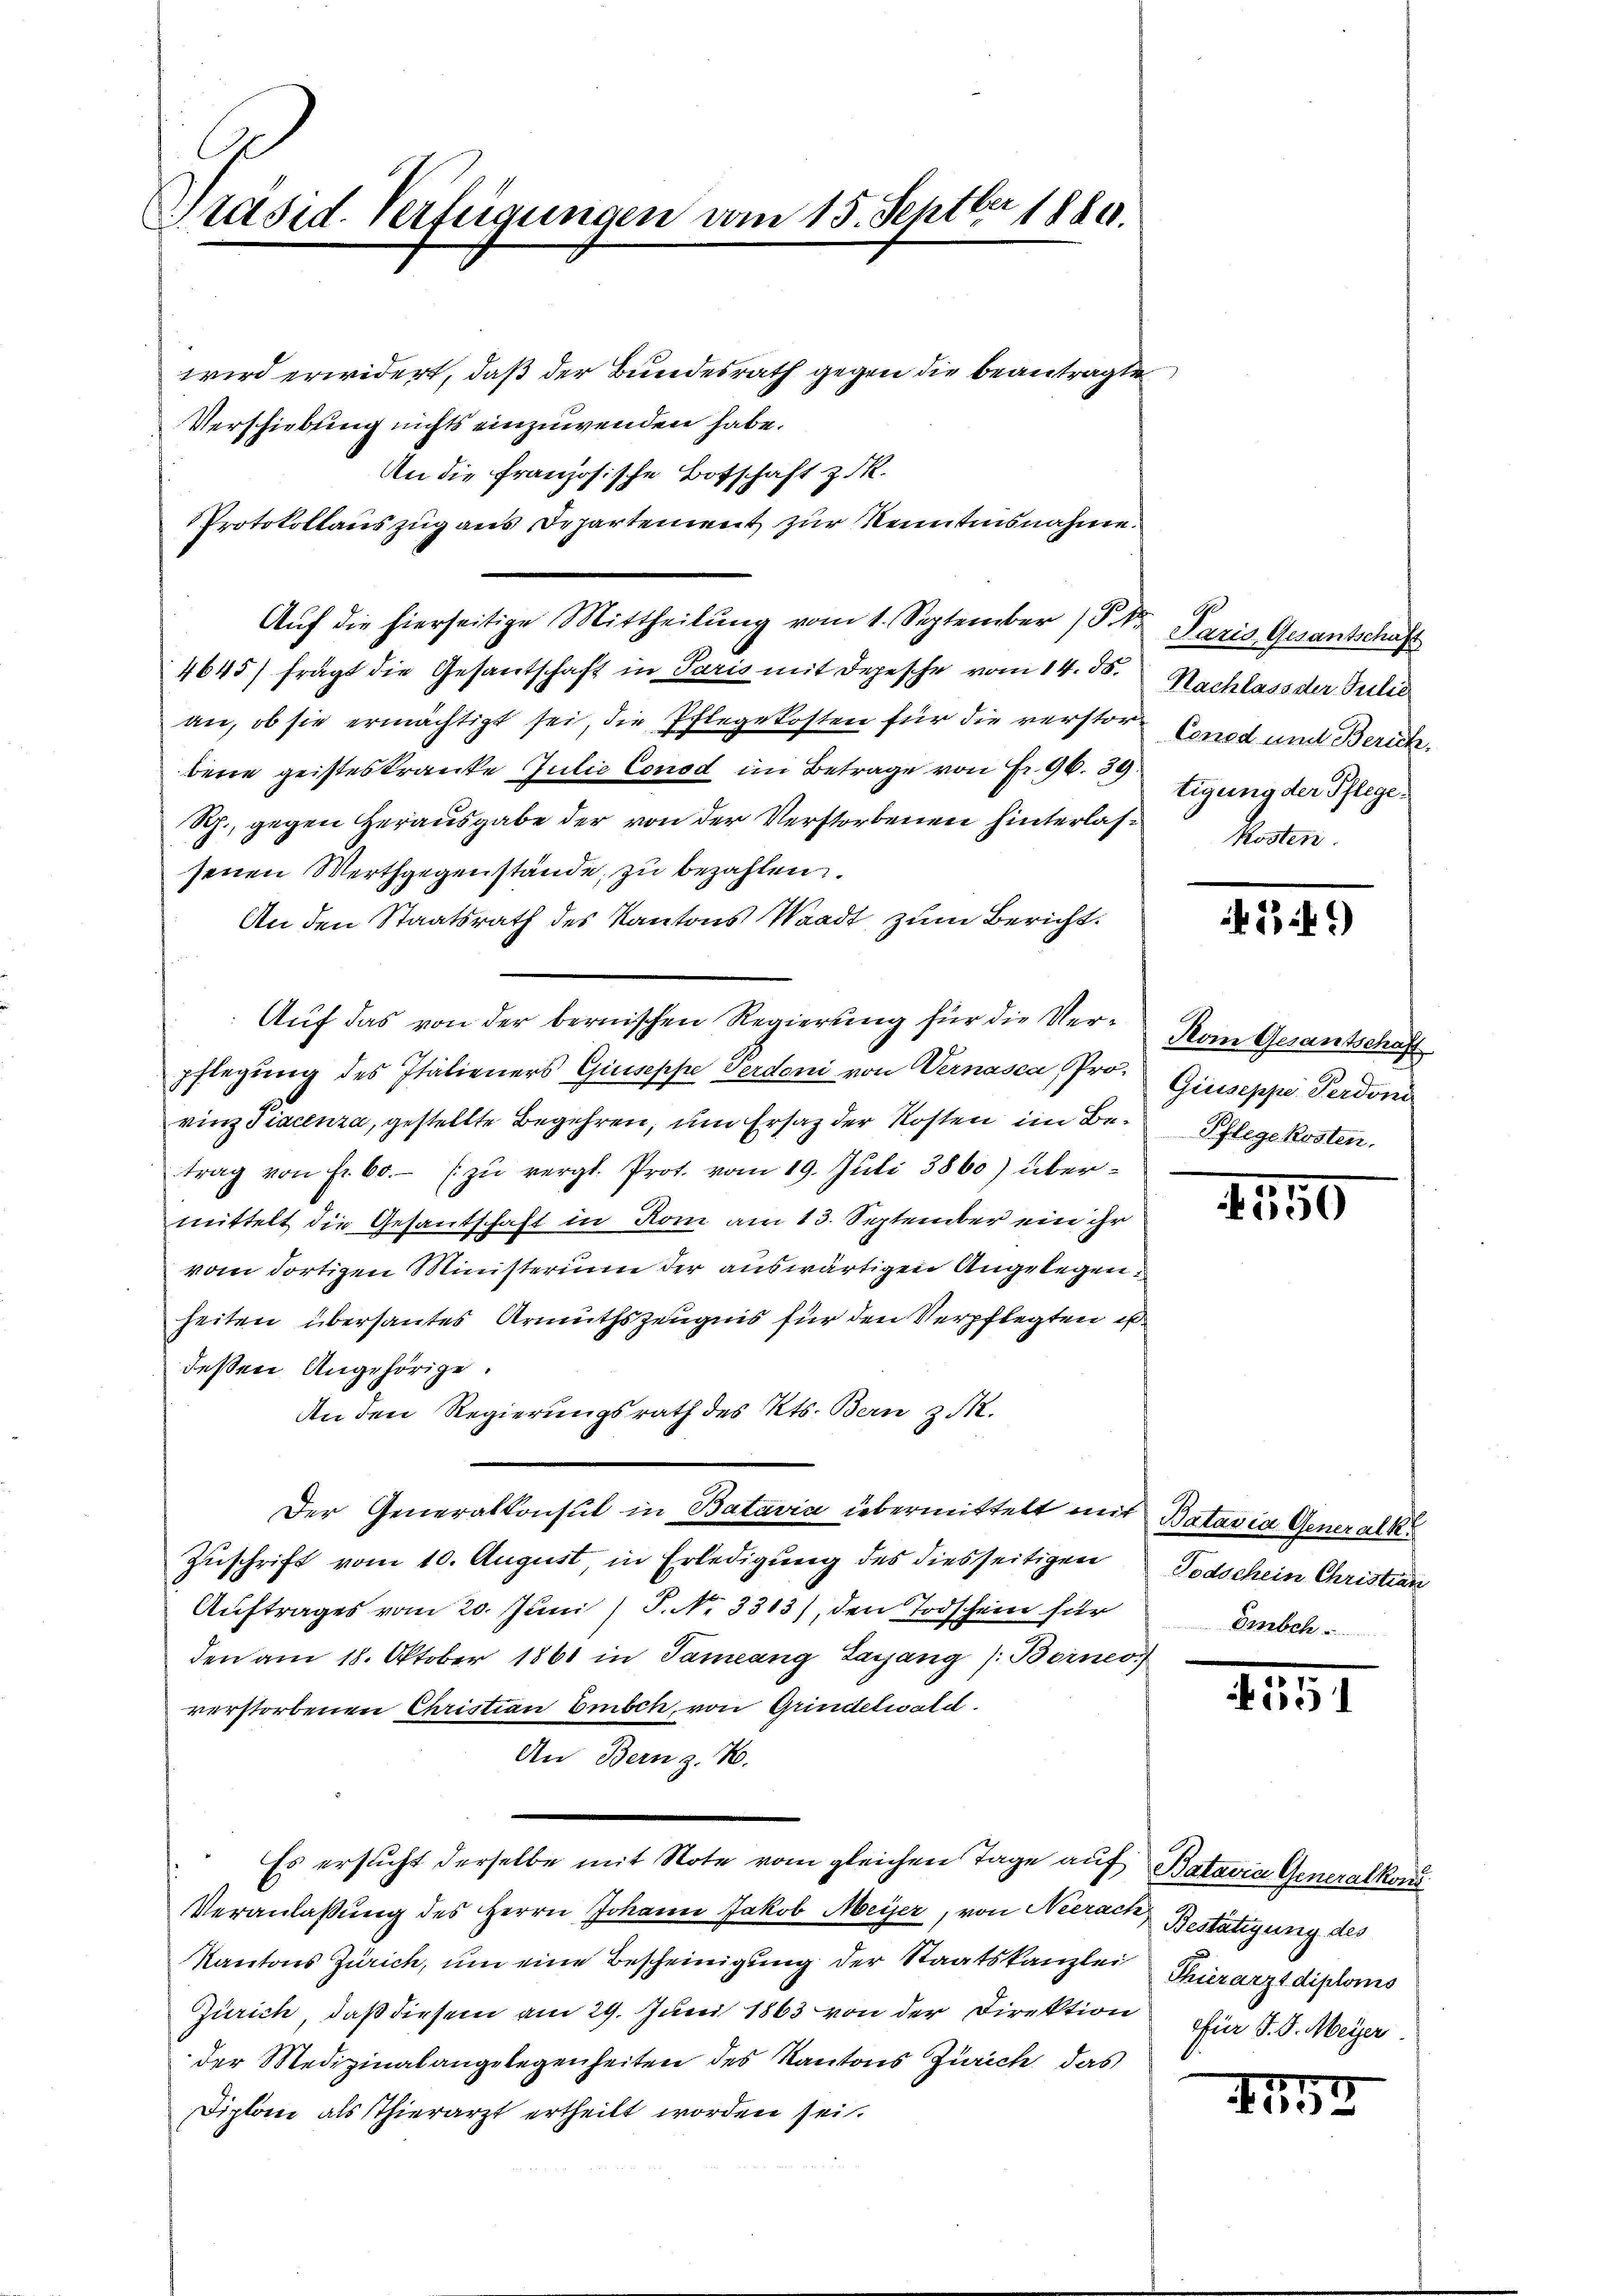
Se
Präsid. Verfügungen vom 15. Septer 1880.

wird erwidert, daß der Bundesrath gegen die beantragte
Verschiebung nichts einzuwenden habe.
An die Französische Botschaft z. R.
Protokollauszug aus Departement zur Kenntnisnahme.
Aŭf die hierseitige Mittheilŭng vom 1. September (§. 1 Paris Gesantschaft
4645) frägt die Gesantschaft in Paris mit Depesche vom 14. ds. Nachlass der Talić
an, ob sie ermächtigt sei, die Pflegekosten für die verstor Conce und Zürichbene geisteskranke Julie Consd im Betrage von Fr. 96. 3 tigung der Pflege¬
Sch., gegen Herausgabe der von der Verstorbenen hinterlassenen Werthgegenstände, zu bezahlen.
An den Staatsrath des Kantons Waadt, zum Bericht.
Aŭf das von der bernischen Regierŭng für die Ver- Kom Gesantschaft
pflegung des Italieners Giuseppe Perdoni von Vernasca, Prorinz Tiacenza, gestellte Begehren, um Ersatz der Kosten im Betrag von fr. 60.- zŭ vergl. Prot. vom 19. Juli 3860) übermittelt die Gesantschaft in Rom am 13. September ein ihr
vom dortigen Ministerium der auswärtigen Angelegenheiten übersantes Armuthszeugnis für den Verpflegten ist.
deßen Angehörige.
An den Regierungsrath des Kts. Bern z.
Der Generalkonsul in Batavia übermittelt mit Batavia Generalk
Zuschrift vom 10. August in Erledigung des diesseitigen Todschein Christian
Auftrages vom 20. Juni / P. No. 3313), den Todschein für
den am 18. Oktober 1861 in Sameang Lagang (Boineo
verstorbenen Christian Eisch, von Grindelwald.
An Bern z. B.
Es ersucht derselbe mit Note vom gleichen Tage auf Batavia Generalkons
Veranlassŭng des Herrn Johann Jakob Meyer, von Neerach Bestätigung des
Kantons Zürich, um eine Bescheinigung der Staatskanzlei Thierarzt diploms
Zürich, daß diesem am 29. Juni 1863 von der Direktion
der Medizinalangelegenheiten des Kantons Zürich, das
Diplome als Thierarzt ertheilt worden sei.

kosten.

1 f 1

Giuseppe Perdoni
Pflegekosten.

1550

Embch

255

ofür J. J. Meyer.

4